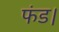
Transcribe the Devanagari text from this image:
फंड।